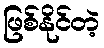
ဖြစ်နိုင်တဲ့